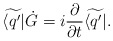
\begin{align*}\widetilde{\langle q'|}\dot{G} = i {\partial \over \partial t} \widetilde{\langle q'|}.\end{align*}